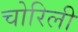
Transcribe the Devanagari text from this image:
चोरिली